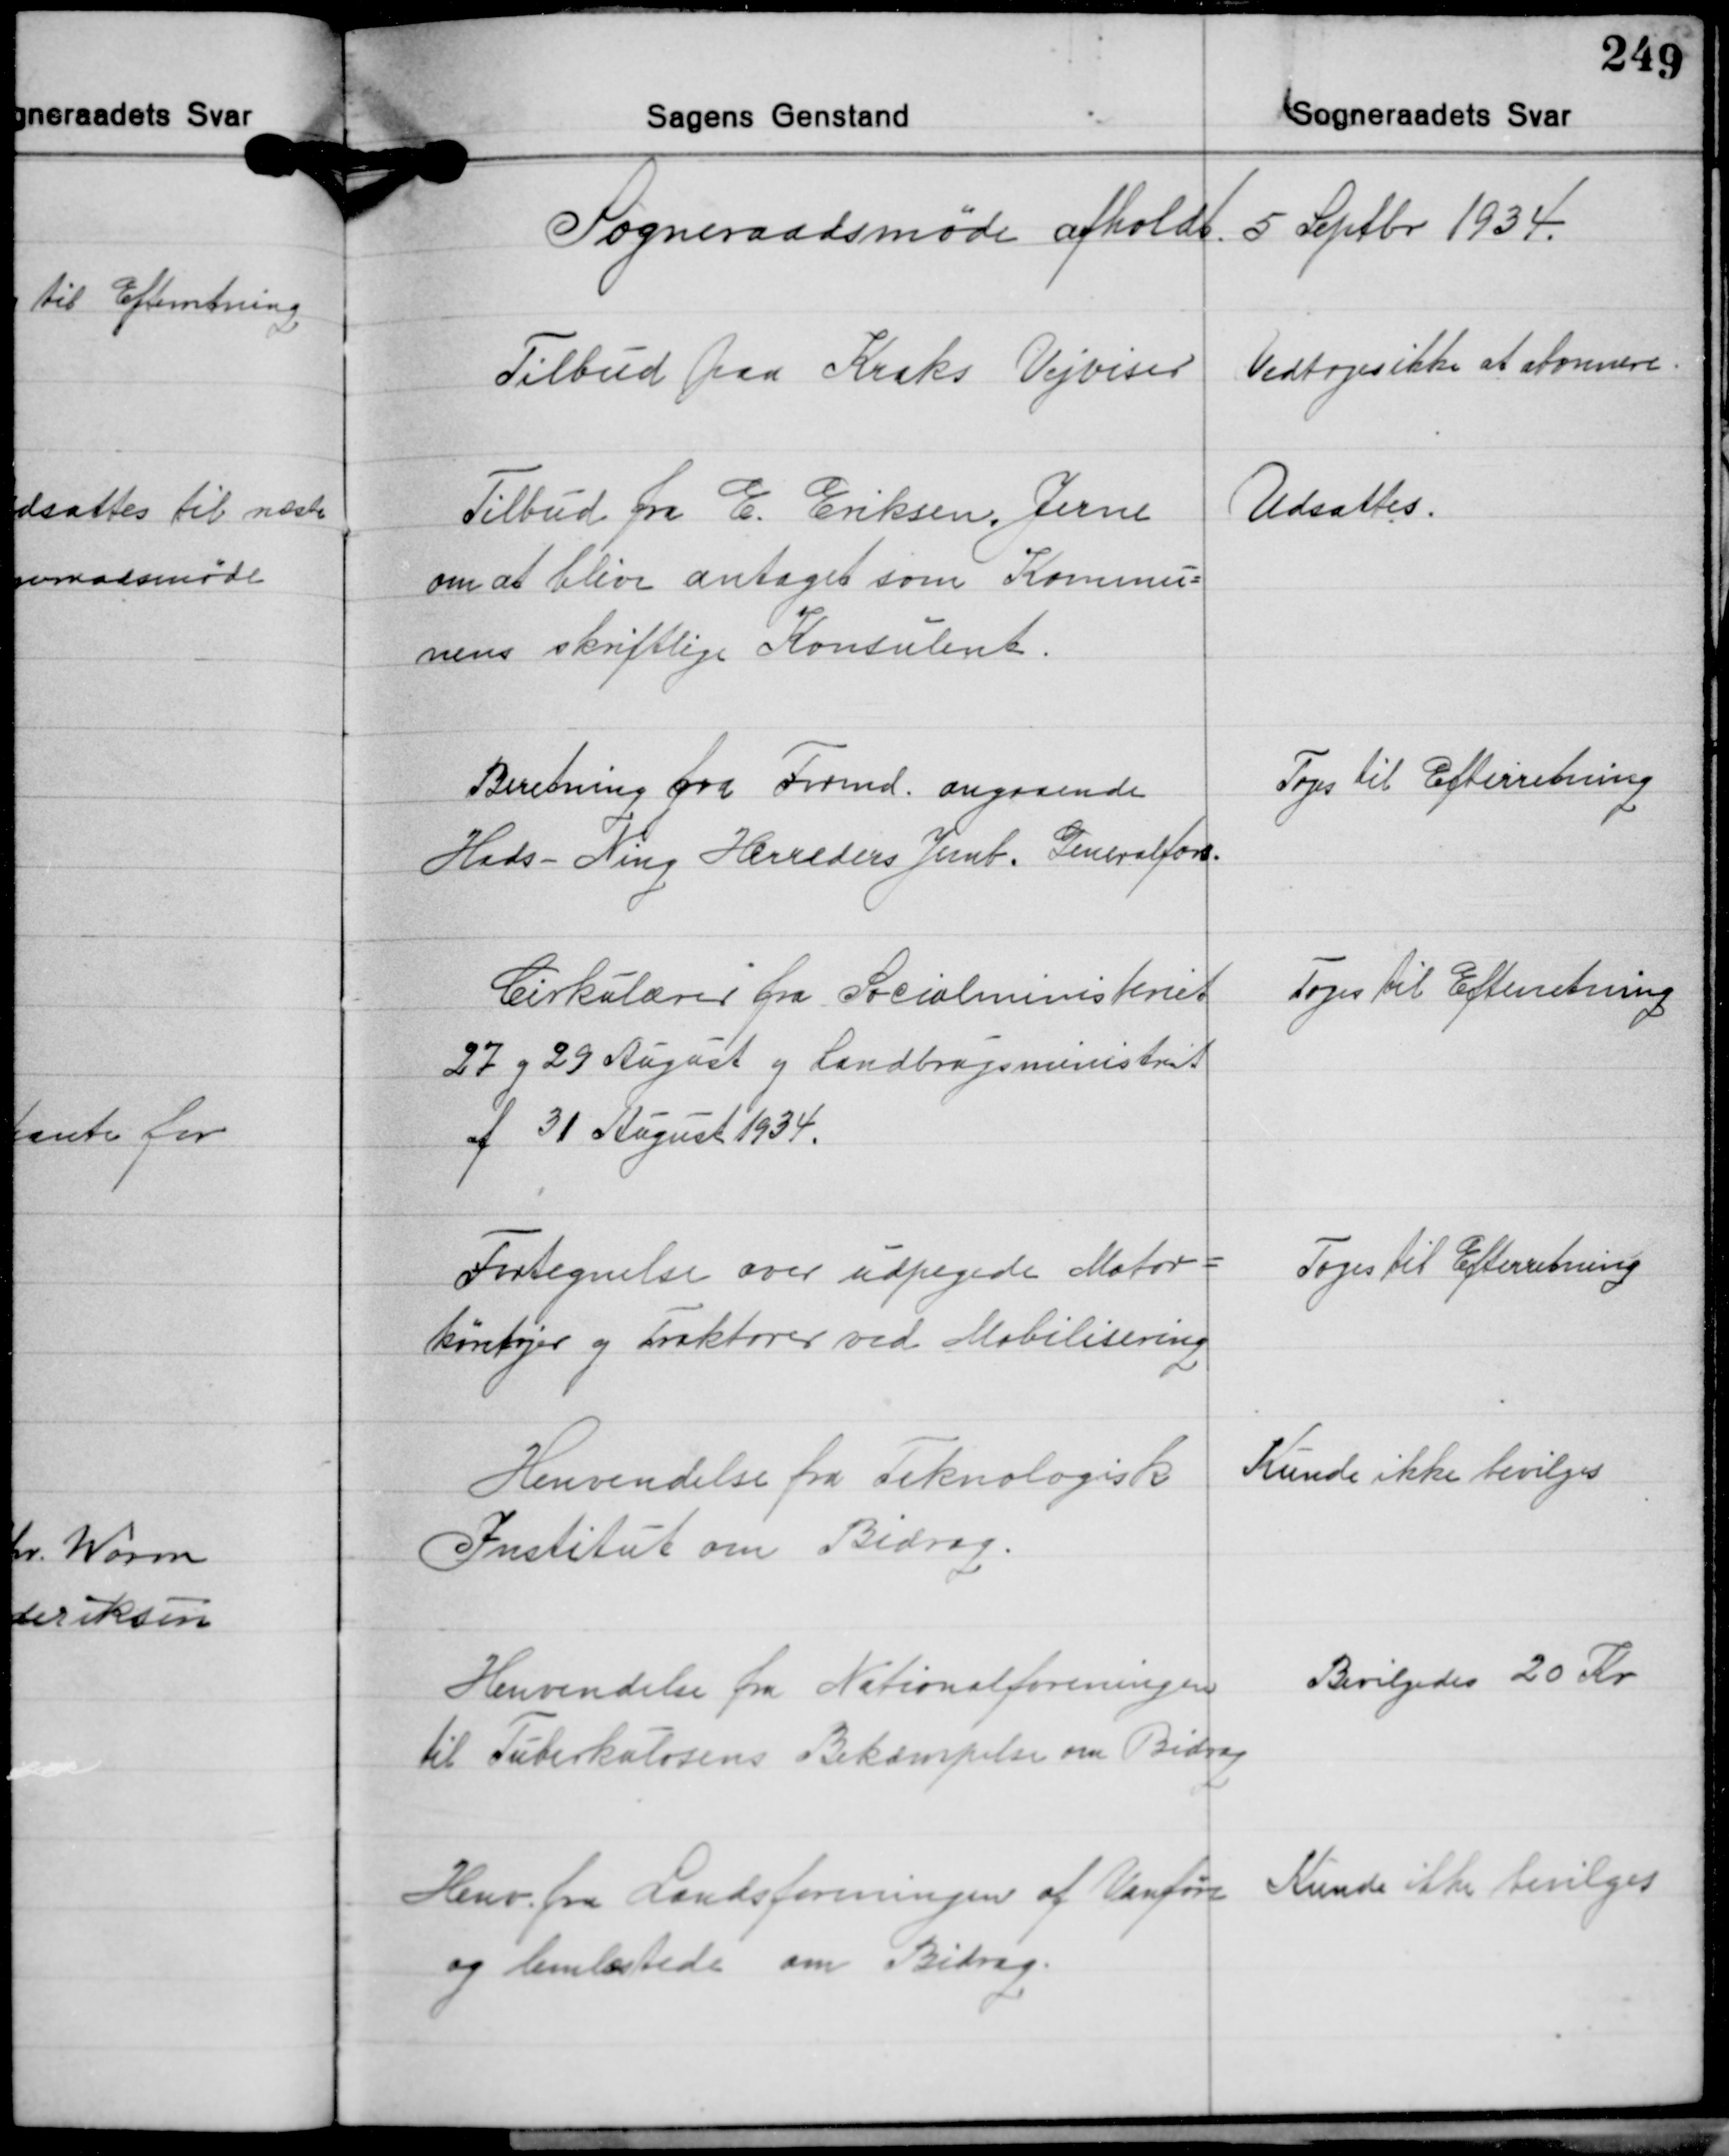
Transskription:
Sogneraadsmøde afholdt 5 Septbr. 1934.

Tilbud paa Kraks Vejviser

Vedtoges ikke at abonnere

Tilbud fra E. Eriksen, Jerne
om at blive antaget som Kommu-
nens skriftlige Konsulent.

Udsattes.

Beretning fra Formd. angaaende
Hads- Ning Herreders Jernb. Generalfors.

Toges til Efterretning

Cirkulærer fra Socialministeriet
27 og 29 August og Landbrugsministriet
af 31 August 1934.

Toges til Efterretning

Fortegnelse over udpegede Motor-
køretøjer og traktorer ved Mobilisering

Toges til Efterretning

Henvendelse fra Teknologisk
Institut om Bidrag.

Kunde ikke bevilges

Henvendelse fra Nationalforeningen
til Tuberkolosens Bekæmpelse om Bidrag

Bevilgedes 20 Kr.

Henv. fra Landsforeningen af Vanføre
og lemlæstede om Bidrag.

Kunde ikke bevilges